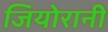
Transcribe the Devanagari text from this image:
जियोरानी